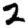
Digit: 2